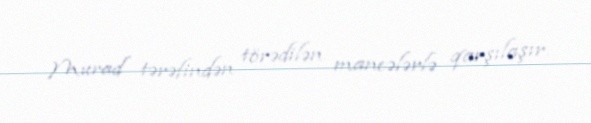
Murad tərəfindən törədilən maneələrlə qarşılaşır.